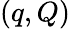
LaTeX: (q,Q)